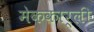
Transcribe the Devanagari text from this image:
मेककार्ली